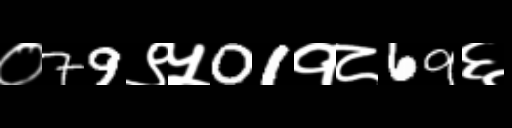
Text: ०79९५01१८69६